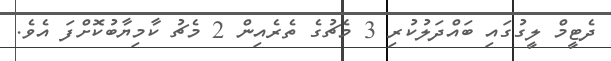
ދެޓީމް ލީގުގައި ބައްދަލުކުރި 3 މެޗުގެ ތެރެއިން 2 މެޗު ކާމިޔާބުކޮށްފަ އެވެ.